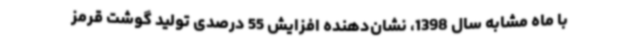
با ماه مشابه سال 1398، نشان‌دهنده افزایش 55 درصدی تولید گوشت قرمز